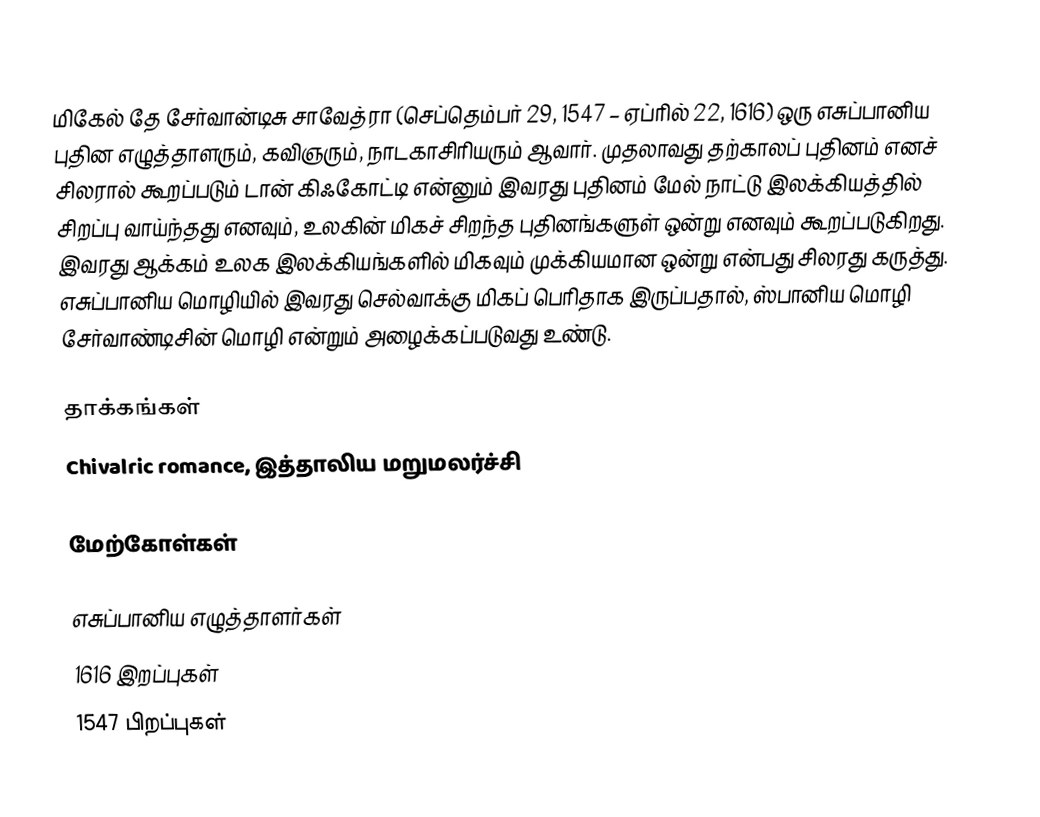
மிகேல் தே சேர்வான்டிசு சாவேத்ரா (செப்தெம்பர் 29, 1547 – ஏப்ரில் 22, 1616) ஒரு எசுப்பானிய புதின எழுத்தாளரும், கவிஞரும், நாடகாசிரியரும் ஆவார். முதலாவது தற்காலப் புதினம் எனச் சிலரால் கூறப்படும் டான் கிஃகோட்டி என்னும் இவரது புதினம் மேல் நாட்டு இலக்கியத்தில் சிறப்பு வாய்ந்தது எனவும், உலகின் மிகச் சிறந்த புதினங்களுள் ஒன்று எனவும் கூறப்படுகிறது. இவரது ஆக்கம் உலக இலக்கியங்களில் மிகவும் முக்கியமான ஒன்று என்பது சிலரது கருத்து. எசுப்பானிய மொழியில் இவரது செல்வாக்கு மிகப் பெரிதாக இருப்பதால், ஸ்பானிய மொழி சேர்வாண்டிசின் மொழி என்றும் அழைக்கப்படுவது உண்டு.

தாக்கங்கள்
Chivalric romance, இத்தாலிய மறுமலர்ச்சி

மேற்கோள்கள்

எசுப்பானிய எழுத்தாளர்கள்
1616 இறப்புகள்
1547 பிறப்புகள்